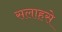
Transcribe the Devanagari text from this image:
सलाहसे